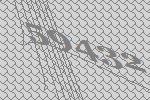
59432